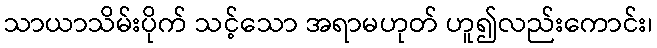
သာယာသိမ်းပိုက် သင့်သော အရာမဟုတ် ဟူ၍လည်းကောင်း၊